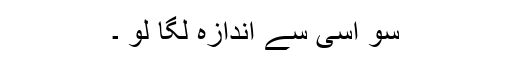
سو اسی سے اندازہ لگا لو ۔